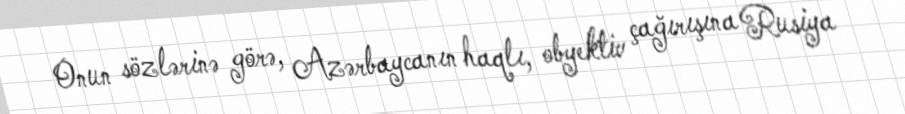
Onun sözlərinə görə, Azərbaycanın haqlı, obyektiv çağırışına Rusiya